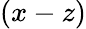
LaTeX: (x-z)